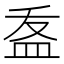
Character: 𭽽